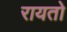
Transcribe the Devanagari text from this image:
रायतो